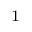
^ \textrm { \scriptsize 1 }